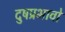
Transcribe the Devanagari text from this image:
दुषप्रभावो